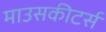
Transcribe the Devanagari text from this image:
माउसकीटर्स